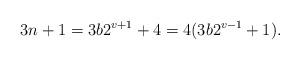
LaTeX: \begin{align*}3n+1 = 3 b 2^{v+1} + 4 = 4 (3 b 2^{v-1} +1).\end{align*}